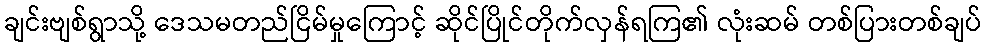
ချင်းဗျစ်ရွာသို့ ဒေသမတည်ငြိမ်မှုကြောင့် ဆိုင်ပြိုင်တိုက်လှန်ရကြ၏ လုံးဆမ် တစ်ပြားတစ်ချပ်